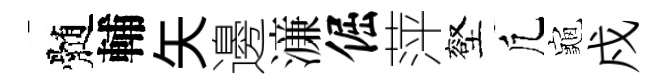
髄輔矢邊濓倔萍壑凢龜戍